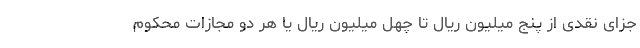
جزای نقدی از پنج ميليون ريال تا چهل ميليون ريال يا هر دو مجازات محكوم